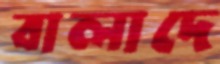
বালাদে